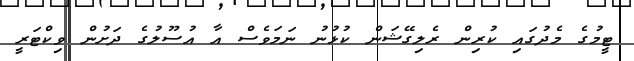
ޓީމުގެ މެދުގައި ކުރިން ރެލިގޭޝަން ކުޅުނު ނަމަވެސް އާ އުސޫލުގެ ދަށުން ވިކްޓަރީ